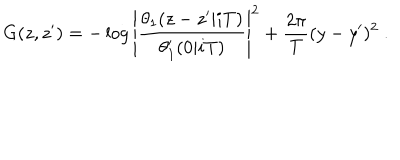
G ( z , z ^ { \prime } ) = - \log \left| \frac { \theta _ { 1 } ( z - z ^ { \prime } | i T ) } { \theta _ { 1 } ^ { \prime } ( 0 | i T ) } \right| ^ { 2 } + \frac { 2 \pi } { T } ( y - y ^ { \prime } ) ^ { 2 } ~ .